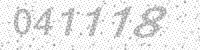
Solution: 041118